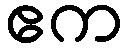
ဧက